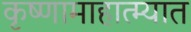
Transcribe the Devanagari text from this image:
कृष्णामाहात्म्यात